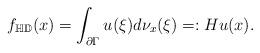
LaTeX: \begin{align*} f_{\mathbb{HD}}(x)=\int_{\partial\Gamma}u(\xi)d\nu_x(\xi)=:Hu(x). \end{align*}